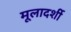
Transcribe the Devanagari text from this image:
मूलादर्शी